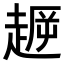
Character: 𧼞